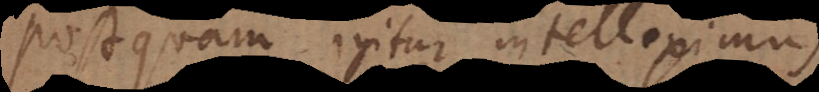
Postquam igitur intelleximus